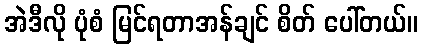
အဲဒီလို ပုံစံ မြင်ရတာအန်ချင် စိတ် ပေါ်တယ်။